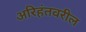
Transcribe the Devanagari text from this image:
अरिहंतवरील